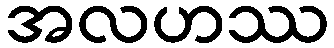
အလဟဿ